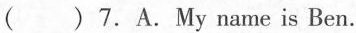
( )7.A.My name is Ben.